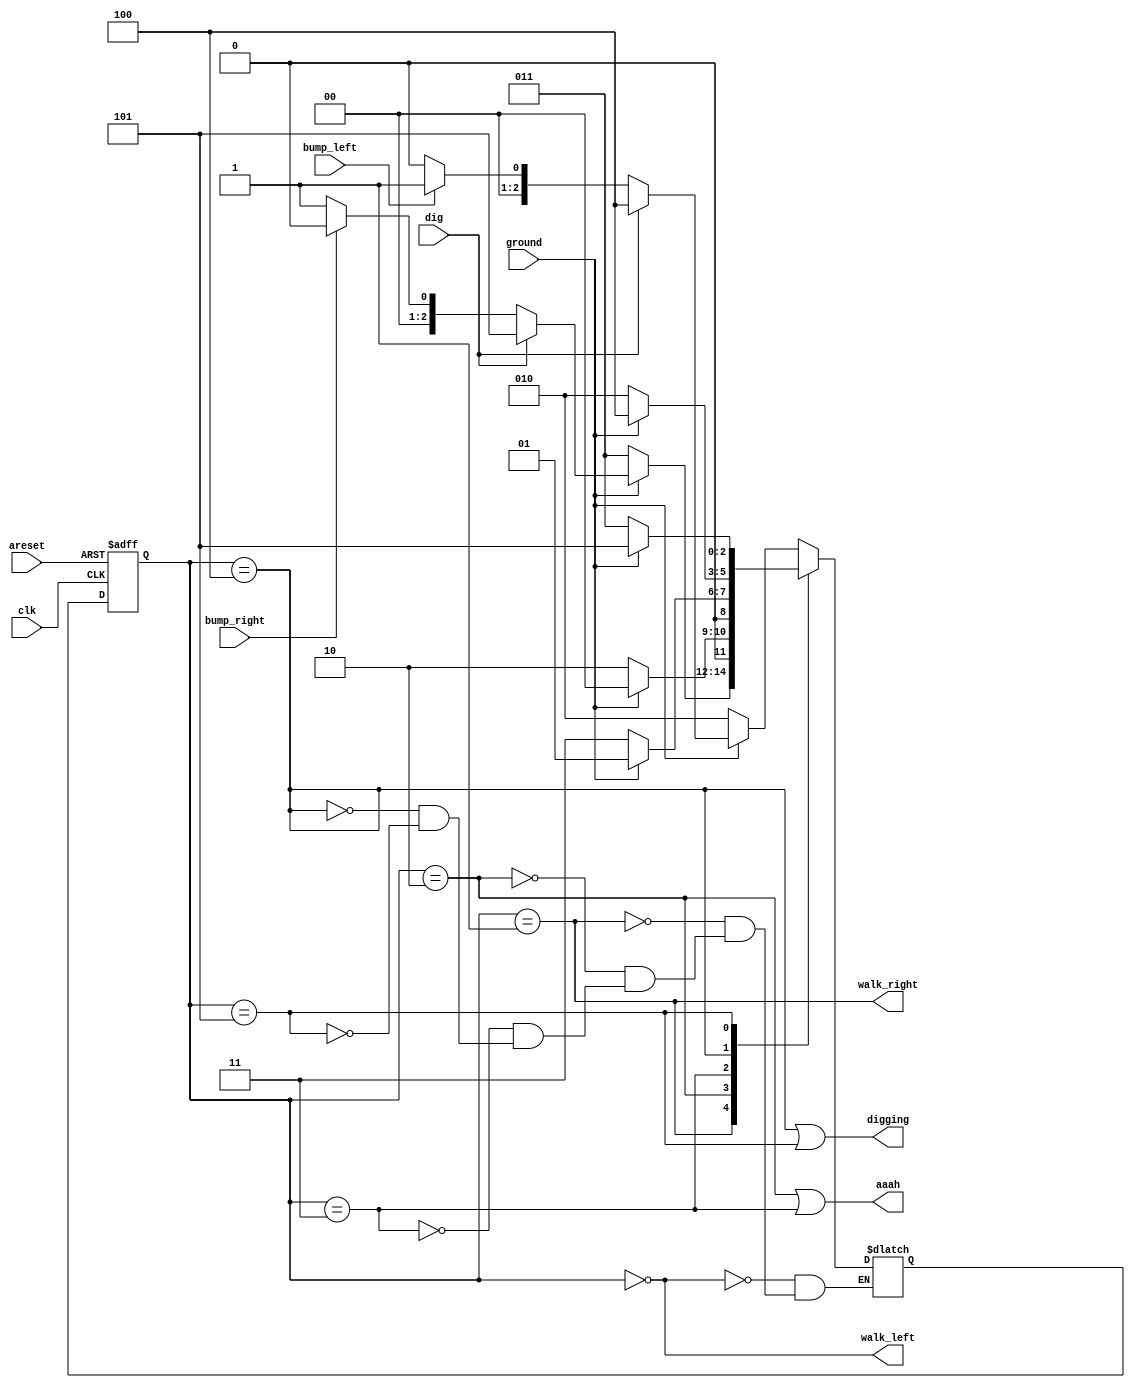
module top_module(
    input clk,
    input areset,    // Freshly brainwashed Lemmings walk left.
    input bump_left,
    input bump_right,
    input ground,
    input dig,
    output walk_left,
    output walk_right,
    output aaah,
    output digging );
    
    parameter LEFT=0, RIGHT=1, FALL_L=2, FALL_R=3, DIG_L=4, DIG_R=5;
    reg [2:0] state, next_state;

    always @(*) begin
        case(state)
            LEFT: begin
                if(~ground)
                    next_state = FALL_L;
                else if(dig)
                    next_state = DIG_L;
                else if(bump_left)
                    next_state = RIGHT;
                else
                    next_state = LEFT;
            end
            RIGHT: begin
                if(~ground)
                    next_state = FALL_R;
                else if(dig)
                    next_state = DIG_R;
                else if(bump_right)
                    next_state = LEFT;
                else
                    next_state = RIGHT;
            end
            FALL_L: next_state = ground ? LEFT : FALL_L;
            FALL_R: next_state = ground ? RIGHT : FALL_R;
            DIG_L: next_state = ground ? DIG_L : FALL_L;
            DIG_R: next_state = ground ? DIG_R : FALL_R;
        endcase
    end

    always @(posedge clk, posedge areset) begin
        if(areset)
            state <= LEFT;
        else
        	state <= next_state;
    end

    // Output logic
    assign walk_left = (state == LEFT);
    assign walk_right = (state == RIGHT);
    assign aaah = (state == FALL_L) | (state == FALL_R);
    assign digging = (state == DIG_L) | (state == DIG_R);
    

endmodule